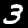
Label: 3